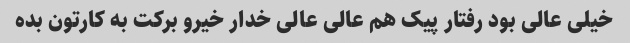
خیلى عالى بود رفتار پیک هم عالى عالى خدار خیرو برکت به کارتون بده